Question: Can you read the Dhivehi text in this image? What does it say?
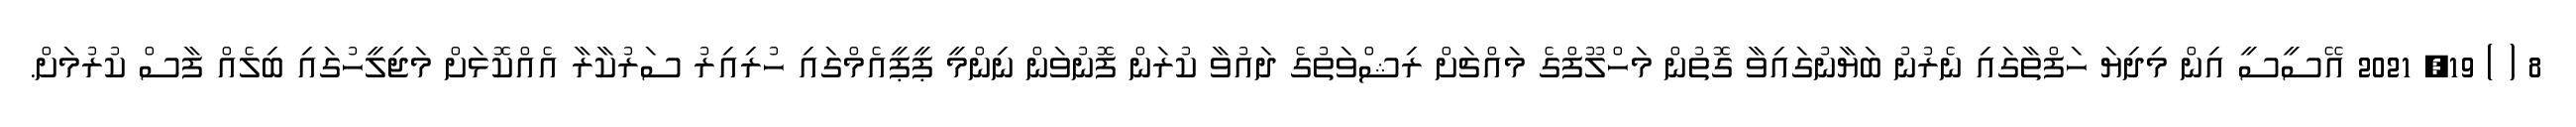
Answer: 8 ( ) 19, 2021 އޭސީސީ އިން މިދިޔަ ހަފްތާގައި ނެރުނު ބަޔާނުގައިވާ ގޮތުން މަހްލޫފްގެ މައްޗަށް ރިޝްވަތުގެ ދައުވާ ކުރަން ފޮނުވަން ނިންމީ ޕީޕީއެމްގައި ހުރިއިރު ސަރުކާރާ އެއްކޮޅަށް މަޖިލީހުގައި ބިލެއް ފާސް ކުރުމަށް.